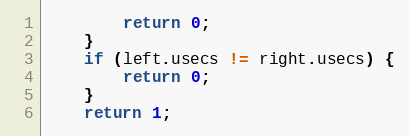
Language: C
		return 0;
	}
	if (left.usecs != right.usecs) {
		return 0;
	}
	return 1;